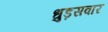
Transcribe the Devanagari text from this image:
धुड़सवार